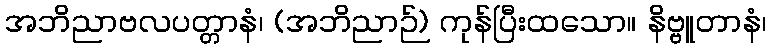
အဘိညာဗလပတ္တာနံ၊ (အဘိညာဉ်) ကုန်ပြီးထသော။ နိဗ္ဗူတာနံ၊